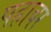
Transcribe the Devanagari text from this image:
पहाबर